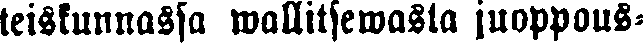
teiskunnassa wallitsewassa juoppous-